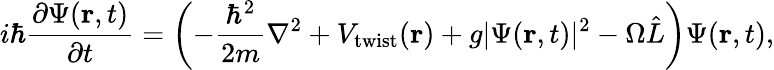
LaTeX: i\hbar{\frac{\partial\Psi(\mathbf{r},t)}{\partial t}}=\left(-{\frac{\hbar^{2}}{2m}}\nabla^{2}+V_{\mathrm{{twist}}}(\mathbf{r})+g\vert\Psi(\mathbf{r},t)\vert^{2}-\Omega{\hat{L}}\right)\Psi(\mathbf{r},t),